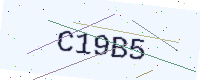
Text: C19B5